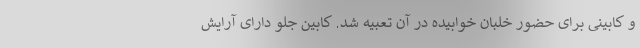
و کابینی برای حضور خلبان خوابیده در آن تعبیه شد. کابین جلو دارای آرایش